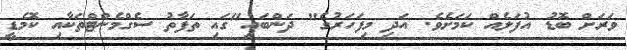
ވަރަށް ބޮޑު އުފަލެއް ކަމަށެވެ. އަދި މިފަހަރުގެ" ދަންބައި"ގައި ތަފާތު ސެގްމެންޓްތަކާއި ކޮމެޑީ